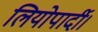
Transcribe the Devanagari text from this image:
लियोपार्दी।